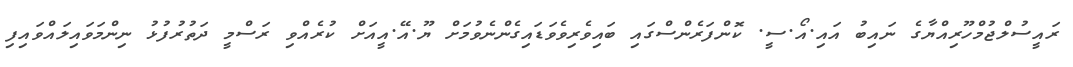
ރައީސުލްޖުމްހޫރިއްޔާގެ ނައިބު އައި.އޯ.ސީ. ކޮންފަރެންސްގައި ބައިވެރިވެވަޑައިގެންނެވުމަށް ޔޫ.އޭ.އީއަށް ކުރެއްވި ރަސްމީ ދަތުރުފުޅު ނިންމަވައިލައްވައިފި